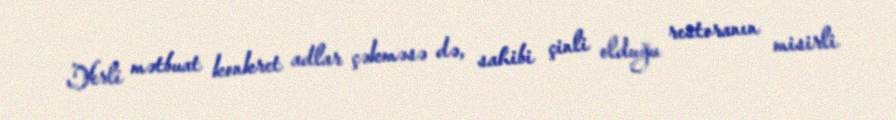
Yerli mətbuat konkret adlar çəkməsə də, sahibi çinli olduğu restoranın misirli